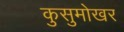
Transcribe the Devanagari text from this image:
कुसुमोखर